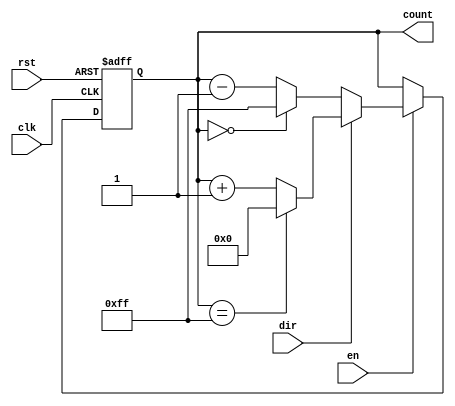
module multi_bit_counter #(
    parameter N = 8  // Configurable bit-width
)(
    input wire clk,          // Clock signal
    input wire rst,          // Asynchronous reset signal
    input wire en,           // Enable signal
    input wire dir,          // Counting direction (1: increment, 0: decrement)
    output reg [N-1:0] count // N-bit counter output
);

    // On reset or counting edge
    always @(posedge clk or posedge rst) begin
        if (rst) begin
            // Asynchronous reset, set count to zero
            count <= {N{1'b0}};
        end else if (en) begin
            // Count operation
            if (dir) begin
                // Increment operation
                count <= (count == {N{1'b1}}) ? {N{1'b0}} : count + 1; // Wrap around on max value
            end else begin
                // Decrement operation
                count <= (count == {N{1'b0}}) ? {N{1'b1}} : count - 1; // Wrap around on min value
            end
        end
    end

endmodule